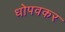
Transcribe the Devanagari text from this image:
धोपवकर